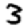
Digit: 3